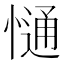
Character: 𢠆